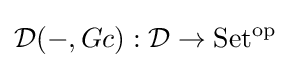
{\mathcal {D}}(-,Gc):{\mathcal {D}}\to \mathrm {Set^{\text{op}}}